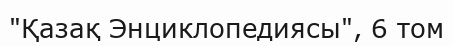
"Қазақ Энциклопедиясы", 6 том